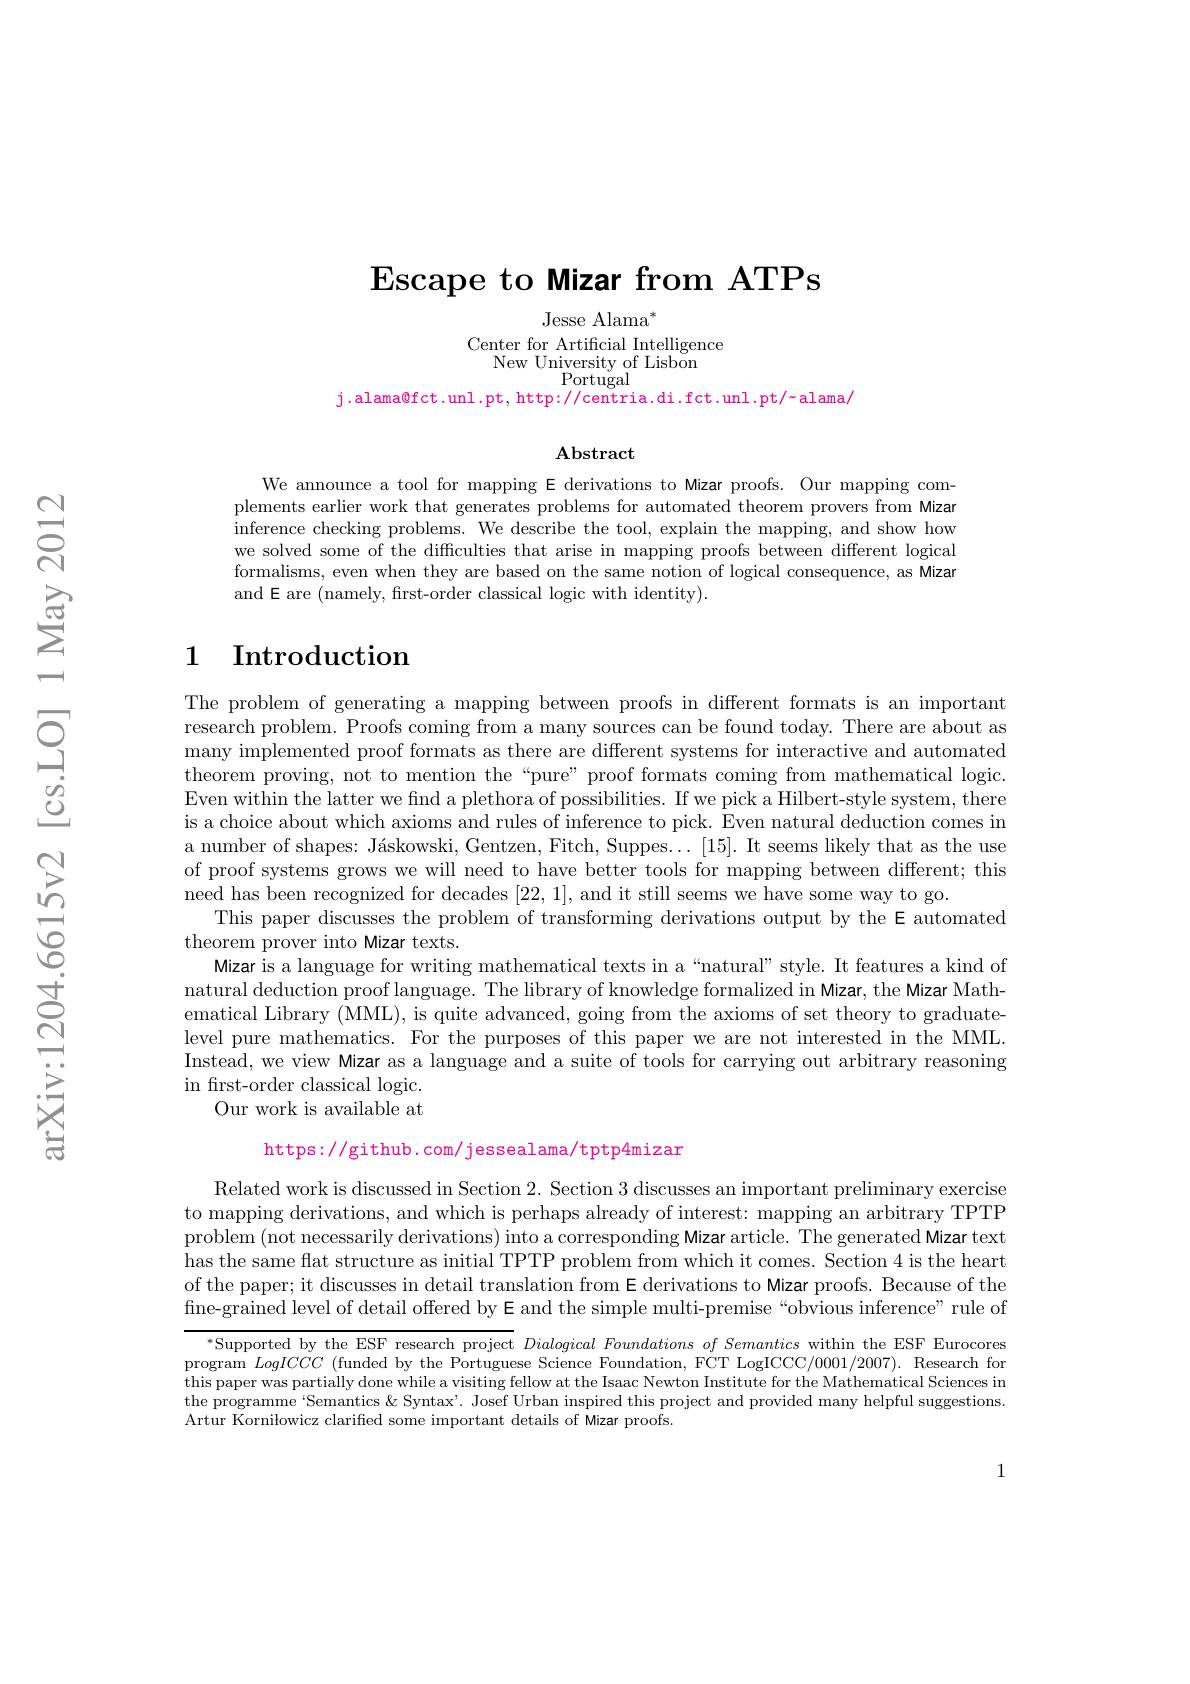
Escape to Mizar from ATPs

Jesse Alama$^*$
Center for Artificial Intelligence
New University of Lisbon
Portugal

j .alama@fct .unl .pt, http: //centria.di .fct .unl .pt/~alama/

$\mathbf{Abstract}$

We announce a tool for mapping E derivations to Mizar proofs. Our mapping complements earlier work that generates problems for automated theorem provers from Mizar inference checking problems. We describe the tool, explain the mapping, and show how we solved some of the diffculties that arise in mapping proofs between different logical formalisms, even when they are based on the same notion of logical consequence, as Mizar and E are (namely, first-order classical logic with identity).

## 1 Introduction

The problem of generating a mapping between proofs in different formats is an important research problem. Proofs coming from a many sources can be found today. There are about as many implemented proof formats as there are different systems for interactive and automated theorem proving, not to mention the“pure” proof formats coming from mathematical logic. Even within the latter we find a plethora of possibilities. If we pick a Hilbert-style system, there is a choice about which axioms and rules of inference to pick. Even natural deduction comes in a number of shapes: Jáskowski, Gentzen, Fitch, Suppes...[15]. It seems likely that as the use of proof systems grows we will need to have better tools for mapping between different; this need has been recognized for decades [22,1], and it still seems we have some way to go.
This paper discusses the problem of transforming derivations output by the E automated
theorem prover into Mizar texts.
Mizar is a language for writing mathematical texts in a“natural”style. It features a kind of natural deduction proof language. The library of knowledge formalized in Mizar, the Mizar Mathematical Library (MML), is quite advanced, going from the axioms of set theory to graduatelevel pure mathematics. For the purposes of this paper we are not interested in the MML. Instead, we view Mizar as a language and a suite of tools for carrying out arbitrary reasoning in frst-order classical logic.
Our work is available at
$$\text{https://github.com/jessealama/tptp4mizar}$$
Related work is discussed in Section 2. Section 3 discusses an important preliminary exercise to mapping derivations, and which is perhaps already of interest: mapping an arbitrary TPTP problem (not necessarily derivations) into a corresponding Mizar article. The generated Mizar text has the same flat structure as initial TPTP problem from which it comes. Section 4 is the heart of the paper; it discusses in detail translation from E derivations to Mizar proofs. Because of the fine-grained level of detail offered by E and the simple multi-premise“obvious inference” rule of

Supported by the ESF research project $Dialogical\textit{Foundations of Semantics within the ESF Eurocores}$ this paper was partially done while a visiting fellow at the Isaac Newton Institute for the Mathematical Sciences in the programme‘Semantics &Syntax’. Josef Urban inspired this project and provided many helpful suggestions. Artur Korniłowicz clarifed some important details of Mizar proofs.

1